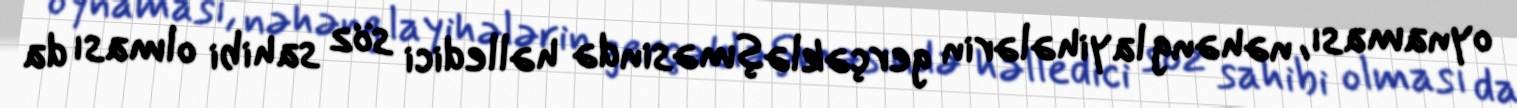
oynaması, nəhəng layihələrin gerçəkləşməsində həlledici söz sahibi olması da